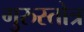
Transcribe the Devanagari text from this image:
गुरुस्तोत्र